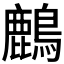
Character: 𪋞